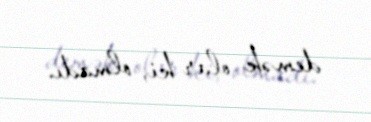
demək olar ki, olmadı.